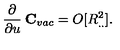
\frac { \partial } { \partial u } \: { \bf C } _ { v a c } = O [ R _ { . . } ^ { 2 } ] .